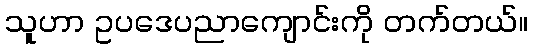
သူဟာ ဥပဒေပညာကျောင်းကို တက်တယ်။